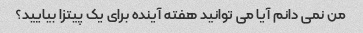
من نمی دانم آیا می توانید هفته آینده برای یک پیتزا بیایید؟